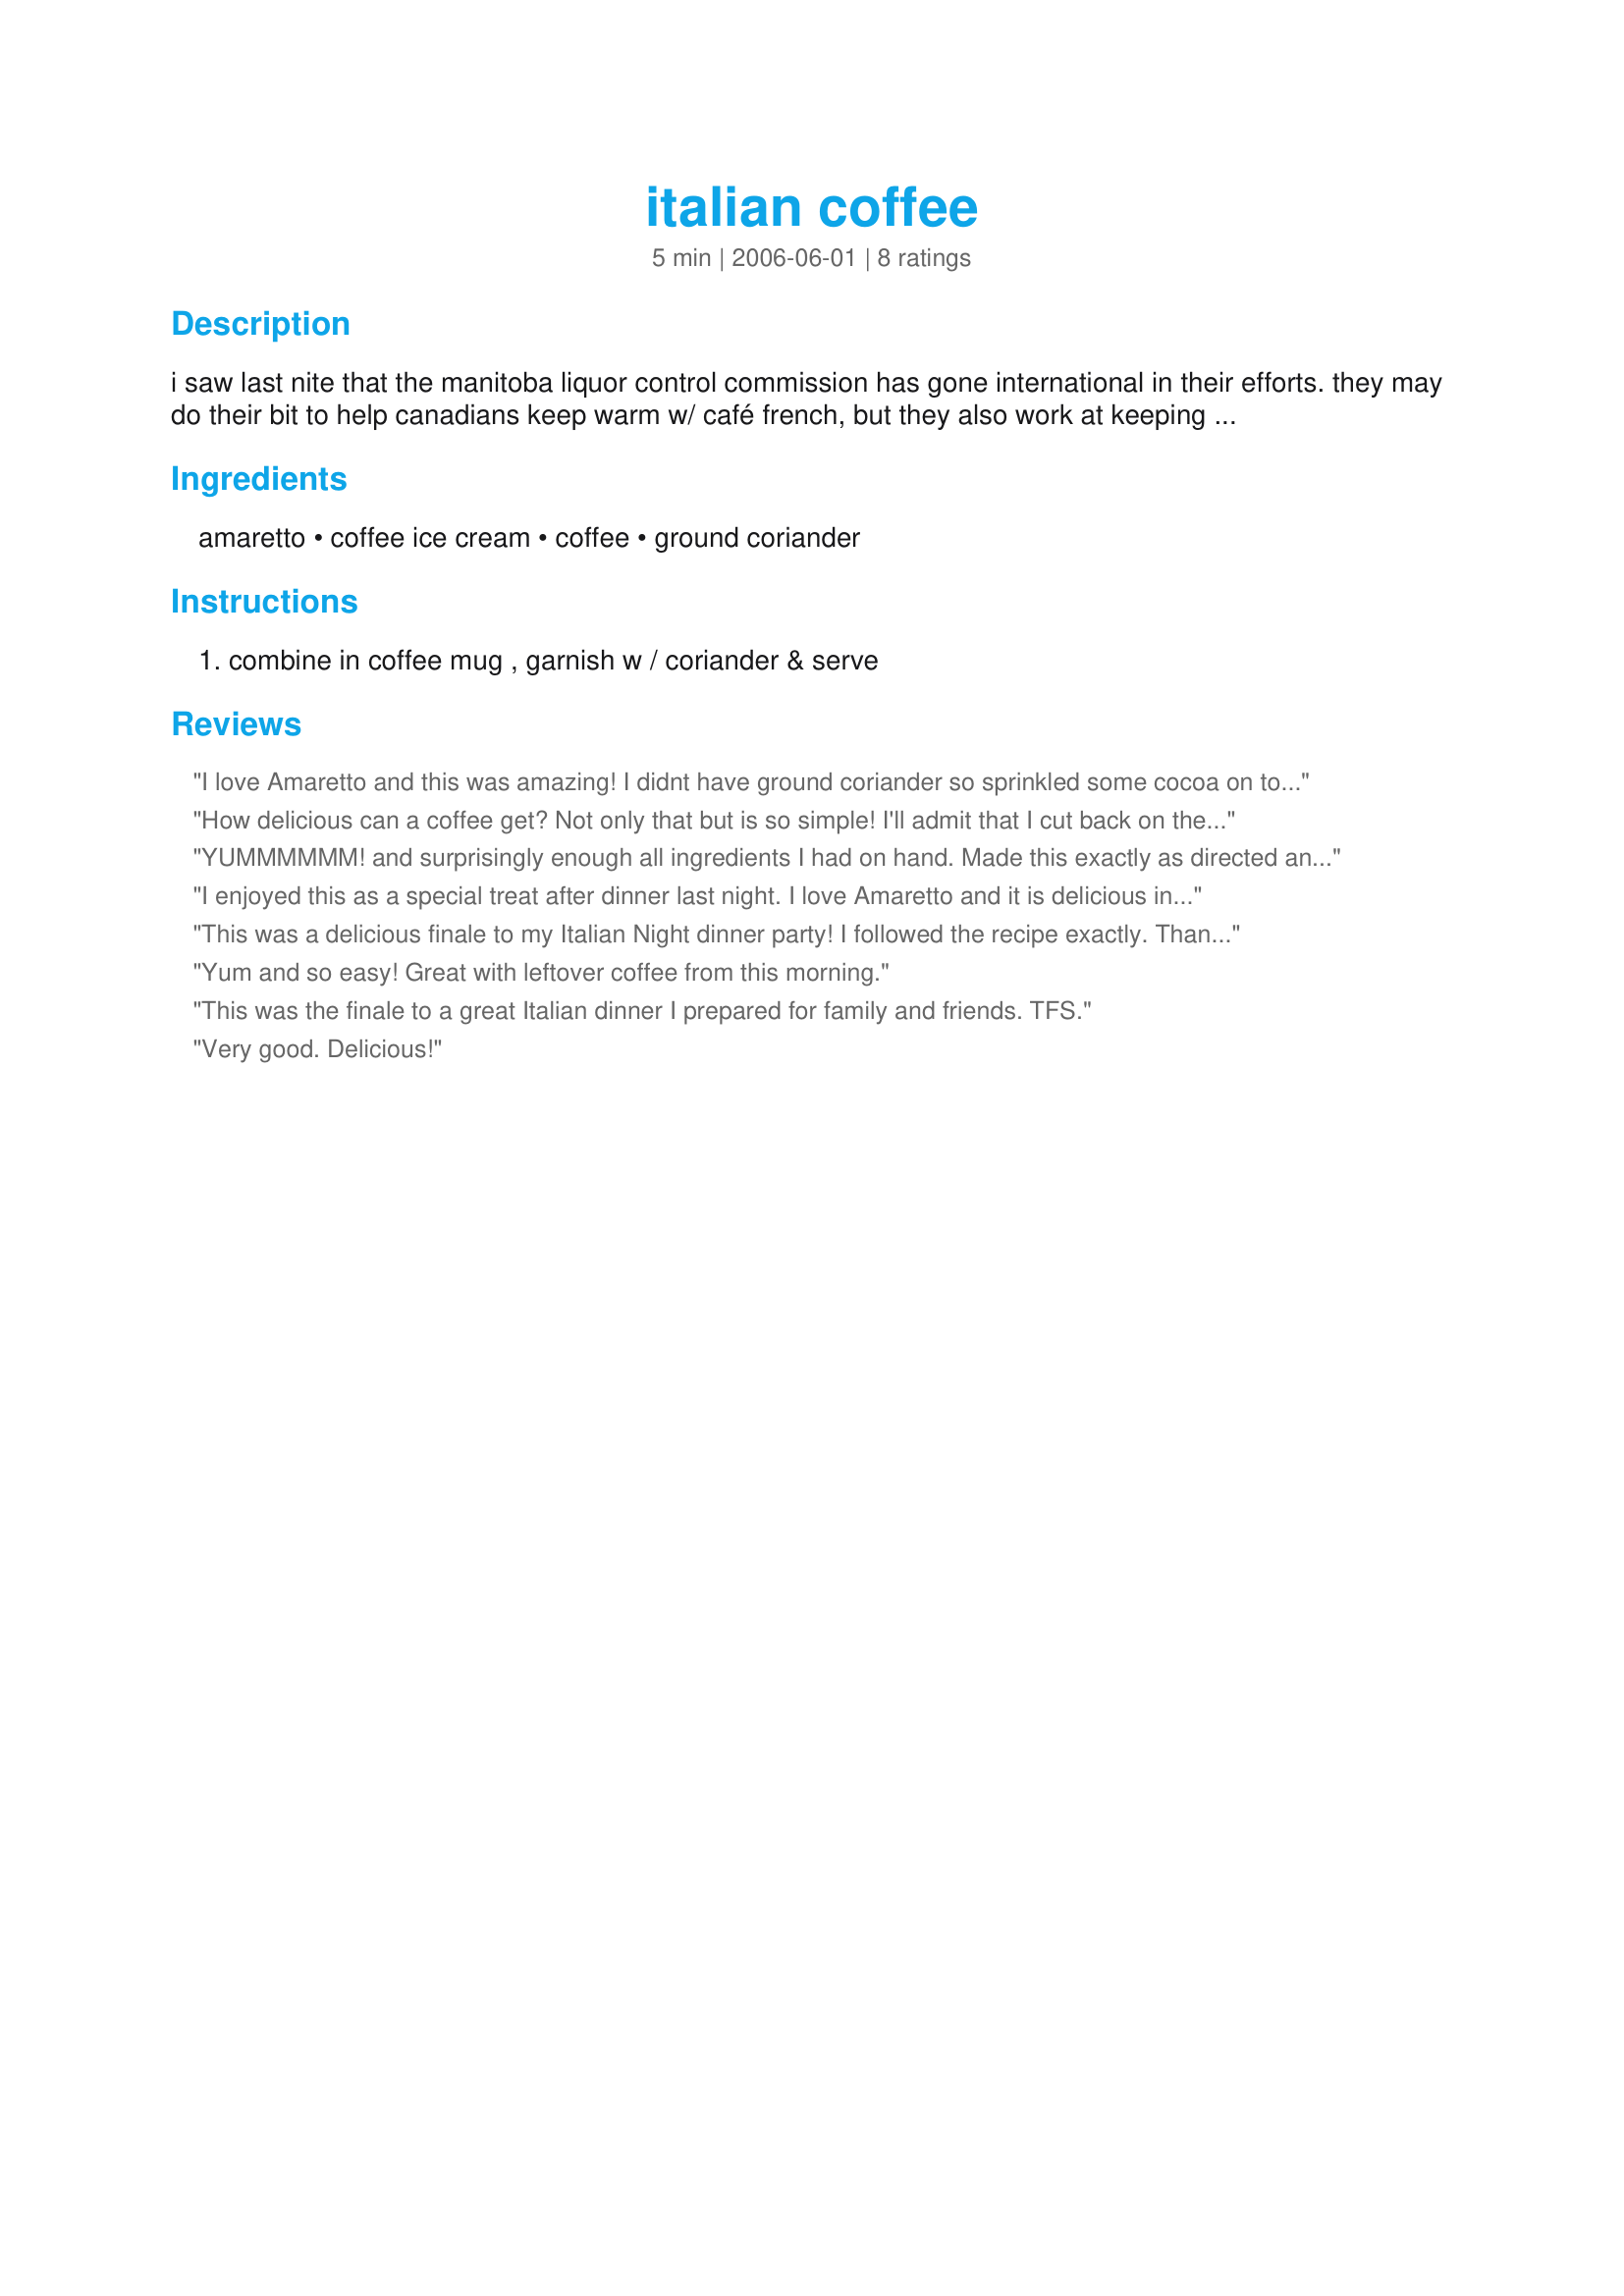
italian coffee
Preparation time: 5 minutes

i saw last nite that the manitoba liquor control commission has gone international in their efforts. they may do their bit to help canadians keep warm w/ café french, but they also work at keeping italians happy w /this!

Ingredients:
amaretto, coffee ice cream, coffee, ground coriander

Steps:
combine in coffee mug , garnish w / coriander & serve

Reviews:
I love Amaretto and this was amazing! I didnt have ground coriander so sprinkled some cocoa on top. An awesome way to drink coffee! Thank you twissis!
How delicious can a coffee get? Not only that but is so simple! I'll admit that I cut back on the Amaretto to something around 1/2 to 3/4 of an ounce. That and I might have made the ice cream with generous tbsp's. Still I feel no gilt as I used sugar free ice cream. Twiss, my dear, you have done it again! Wonderful. Made for Comfort Cafe, Jan 09.
YUMMMMMM! and surprisingly enough all ingredients I had on hand. Made this exactly as directed and it was wonderful as expected. I made this to warm myself up after taking the puppy out for a walk when it's only 10Â°F outside. This will be a frequent treat through the winter, and will probably be great iced and blended in the summer too. Thanks for posting.
I enjoyed this as a special treat after dinner last night. I love Amaretto and it is delicious in coffee! Thanks for sharing. Congrats on another football pool win, twissis.
This was a delicious finale to my Italian Night dinner party! I followed the recipe exactly. Thanx for posting!
Yum and so easy! Great with leftover coffee from this morning.
This was the finale to a great Italian dinner I prepared for family and friends. TFS.
Very good. Delicious!
